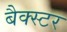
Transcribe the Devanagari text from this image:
बैक्स्टर